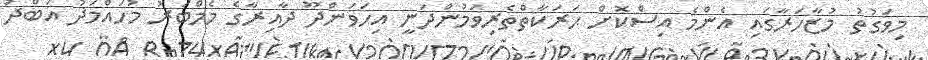
މިވަގުތު މުޒާހަރާގައި އެންމެ އިސްކޮށް ޙަރަކާތްތެރިވަމުންދަނީ އިހަވަންދޫ ދާއިރާގެ މެމްބަރު މުހައްމަދު އަބްދު